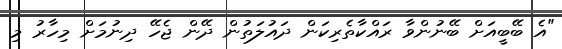
"އެ ބޭބީއަށް ބޭނުންވާ ރައްކާތެރިކަން ދައުލަތުން ދޭން ޖެހޭ ދިނުމަށް މިހާރު މި